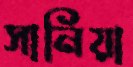
সানিয়া